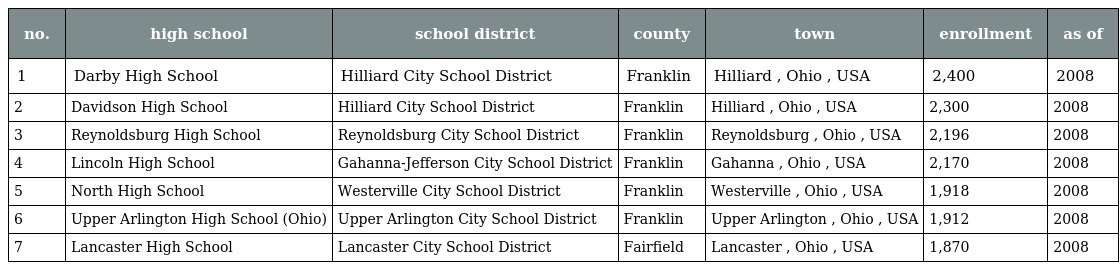
| no. | high school | school district | county | town | enrollment | as of |
 | --- | --- | --- | --- | --- | --- | --- |
 | 1 | Darby High School | Hilliard City School District | Franklin | Hilliard , Ohio , USA | 2,400 | 2008 |
 | 2 | Davidson High School | Hilliard City School District | Franklin | Hilliard , Ohio , USA | 2,300 | 2008 |
 | 3 | Reynoldsburg High School | Reynoldsburg City School District | Franklin | Reynoldsburg , Ohio , USA | 2,196 | 2008 |
 | 4 | Lincoln High School | Gahanna-Jefferson City School District | Franklin | Gahanna , Ohio , USA | 2,170 | 2008 |
 | 5 | North High School | Westerville City School District | Franklin | Westerville , Ohio , USA | 1,918 | 2008 |
 | 6 | Upper Arlington High School (Ohio) | Upper Arlington City School District | Franklin | Upper Arlington , Ohio , USA | 1,912 | 2008 |
 | 7 | Lancaster High School | Lancaster City School District | Fairfield | Lancaster , Ohio , USA | 1,870 | 2008 |